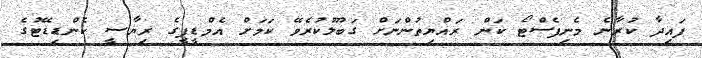
ފައިދާ ކުރާނެ މެނިފެސްޓޯ ކަން ރައްޔިތުންނަށް ގަބޫލުކުރެވޭ ކަމަށް އެމްޑީޕީގެ ރިޔާސީ ކެންޑިޑޭޓުގެ